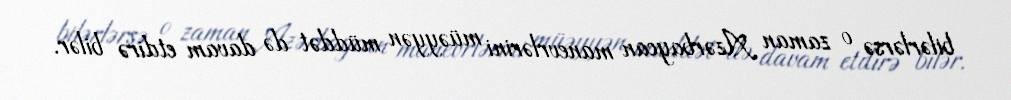
bilərlərsə o zaman Azərbaycan manevrlərini müəyyən müddət də davam etdirə bilər.